system: You are a helpful assistant.
user:
Analyze the provided spectrum to determine if it is a **White Dwarf (WD)**.

A White Dwarf spectrum is defined by its **extreme purity** (due to gravitational settling) and/or **extreme pressure broadening** (due to high surface gravity). You must check for one of the following mutually exclusive signatures:

- **Key Visual Indicators (Check for ONE of these types):**

    - **1. DA-Type Signature (Most Common):**
        - **(Primary Feature):** Extreme pressure broadening (Stark broadening) of the **Hydrogen (H) Balmer lines**.
        - **(Key Lines):** $H\beta$ (approx. $4861$ Å) and $H\gamma$ (approx. $4340$ Å). $H\alpha$ (approx. $6563$ Å) will also be present if the wavelength range covers it.
        - **(Line Profile):** This is the **defining feature**. The lines are **NOT** sharp. They appear as massive, **extremely broad and deep "troughs" or "dips"** in the spectrum, often hundreds of Ångströms wide. The continuum will appear to "scoop" down at these wavelengths.
        - **(Distinction):** Normal A-type or B-type stars have *narrow* and *sharp* Hydrogen lines. A DA White Dwarf's lines are unmistakably "smeared" or "blurry" from pressure.

    - **2. DB-Type Signature:**
        - **(Primary Feature):** Broad absorption lines from **Neutral Helium (He I)**. The spectrum must lack any visible Hydrogen lines.
        - **(Key Lines):** Look for broad absorption near $4471$ Å, $4921$ Å, and $5876$ Å.
        - **(Line Profile):** These lines are also significantly pressure-broadened, appearing much wider than they would in a normal B-type main-sequence star.

    - **3. DC-Type Signature:**
        - **(Primary Feature):** A **featureless continuous spectrum**.
        - **(Line Profile):** The spectrum is a smooth curve with **no significant absorption or emission lines**.
        - **(Key Confirmation):** The continuum is almost always **blue or white**, indicating a hot object. This signature implies the atmosphere is so pure (or so cool) that no spectral lines are visible in the optical range. Its WD identity is confirmed by its extremely low intrinsic brightness (high absolute magnitude).

    - **4. DZ-Type Signature (Metal-Polluted):**
        - **(Primary Feature):** **Isolated, narrow metal absorption lines** on an otherwise featureless (DC-like) continuum.
        - **(Key Lines):** The **Calcium (Ca II) H & K doublet** (approx. **$3934$ Å** and **$3968$ Å**) is the most common and defining feature.
        - **(Line Profile):** These lines are "out of place." They are *not* part of a "forest" of thousands of lines. This signature is evidence of recent *accretion* (pollution) from rocky debris.
        - **(Distinction):** Normal G/K/M stars have a *dense forest* of thousands of metal lines. A DZ has a *clean* continuum with *only a few* strong metal lines.

    - **5. DQ-Type Signature (Carbon-Polluted):**
        - **(Primary Feature):** Absorption bands from **Carbon (C₂ "Swan Bands" or atomic C I)**.
        - **(Key Lines - C₂):** Look for bandheads with a "saw-tooth" shape near $5635$ Å, **$5165$ Å** (strongest), and $4737$ Å.
        - **(Key Confirmation):** The underlying **continuum must be blue or white** (hot).
        - **(Distinction):** This is the critical difference from a **Carbon Star**, which has the *exact same* C₂ bands but on an extremely **red, cool** continuum.

- **(Overall Spectrum):**
    - The continuum (overall shape) is typically **blue-sloping** (brighter in the blue than the red), as most white dwarfs are very hot.
    - The spectrum will look "pure" or "simple," dominated by only *one* of the five signatures listed above.

Think first, call **spectral_visualization_tool** if needed to examine features in detail, then provide your final answer. Your response must adhere to the following strict rules:
1.  **Overall Structure:** Your response must follow the format `<think>...</think> <tool_call>...</tool_call> (if a tool is used) <answer>...</answer>`.
2.  **Tool Usage Constraint:** You may only make **one** tool call per turn.
3.  **Final Answer Format:** In the `<answer>` tag, your conclusion must be inside a `\boxed{}` command (e.g., `\boxed{YES}` or `\boxed{NO}`), followed by your justification.

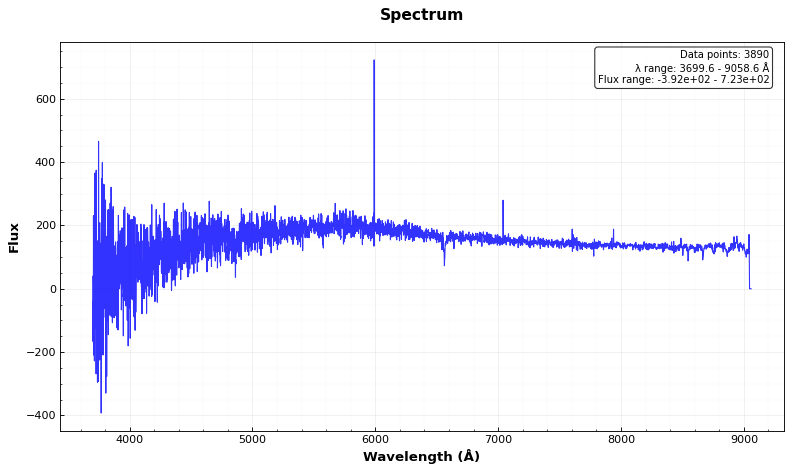
Answer: NO